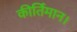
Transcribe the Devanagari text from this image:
कीर्तिमान।